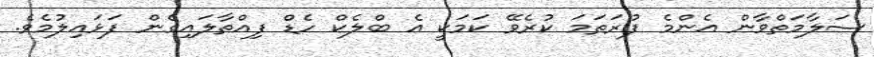
ސަލާމަތްވާން އެންމެ ފުރަތަމަ ކުރެވޭ ކަމަކީ އެ ބްލެކް ހެޑް ފިއްތާލައިގެން ފަޅައިލުމެވެ.